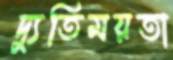
দ্যুতিময়তা